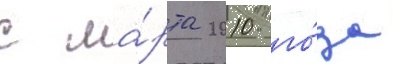
с ма́рта 2010 го́да